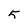
Character: 5